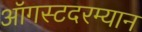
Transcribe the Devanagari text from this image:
ऑगस्टदरम्यान